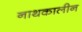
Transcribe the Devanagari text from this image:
नाथकालीन